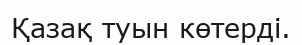
Қазақ туын көтерді.